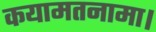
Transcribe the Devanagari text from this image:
कयामतनामा।